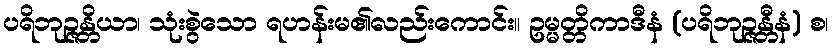
ပရိဘုဉ္ဇန္တိယာ၊ သုံးစွဲသော ရဟန်းမ၏လည်းကောင်း။ ဥမ္မတ္တိကာဒီနံ (ပရိဘုဉ္ဇန္တီနံ) စ၊